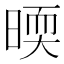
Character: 㬉